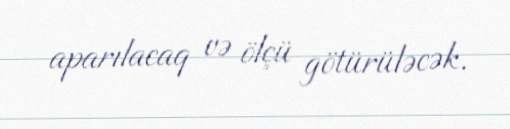
aparılacaq və ölçü götürüləcək.